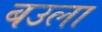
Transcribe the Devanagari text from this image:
बउला